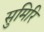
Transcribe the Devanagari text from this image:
सुमिरि